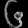
Digit: ၆